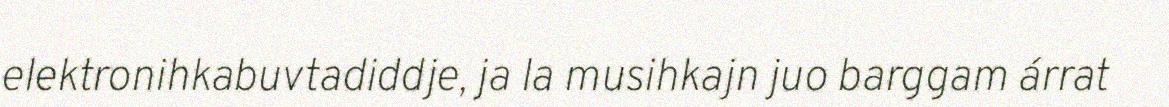
elektronihkabuvtadiddje, ja la musihkajn juo barggam árrat